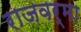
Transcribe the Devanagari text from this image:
राजवर्मा